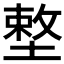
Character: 𡏴